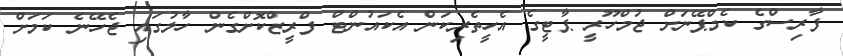
ފާރިސްގެ ކެމްޕޭނަށް ޖުމްހޫރީ ޕާޓީގެ އެހީތެރިކަން އެކައުންޓް ފްރީޒްކޮށްގެން ހާލުގައި ޖެހޭނެ ކަމަށް